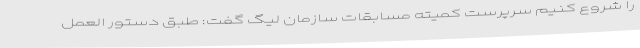
را شروع کنیم سرپرست کمیته مسابقات سازمان لیگ گفت: طبق دستور العمل